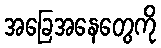
အခြေအနေတွေကို